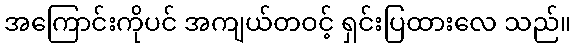
အကြောင်းကိုပင် အကျယ်တဝင့် ရှင်းပြထားလေ သည်။